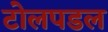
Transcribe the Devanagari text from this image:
टोलपडल